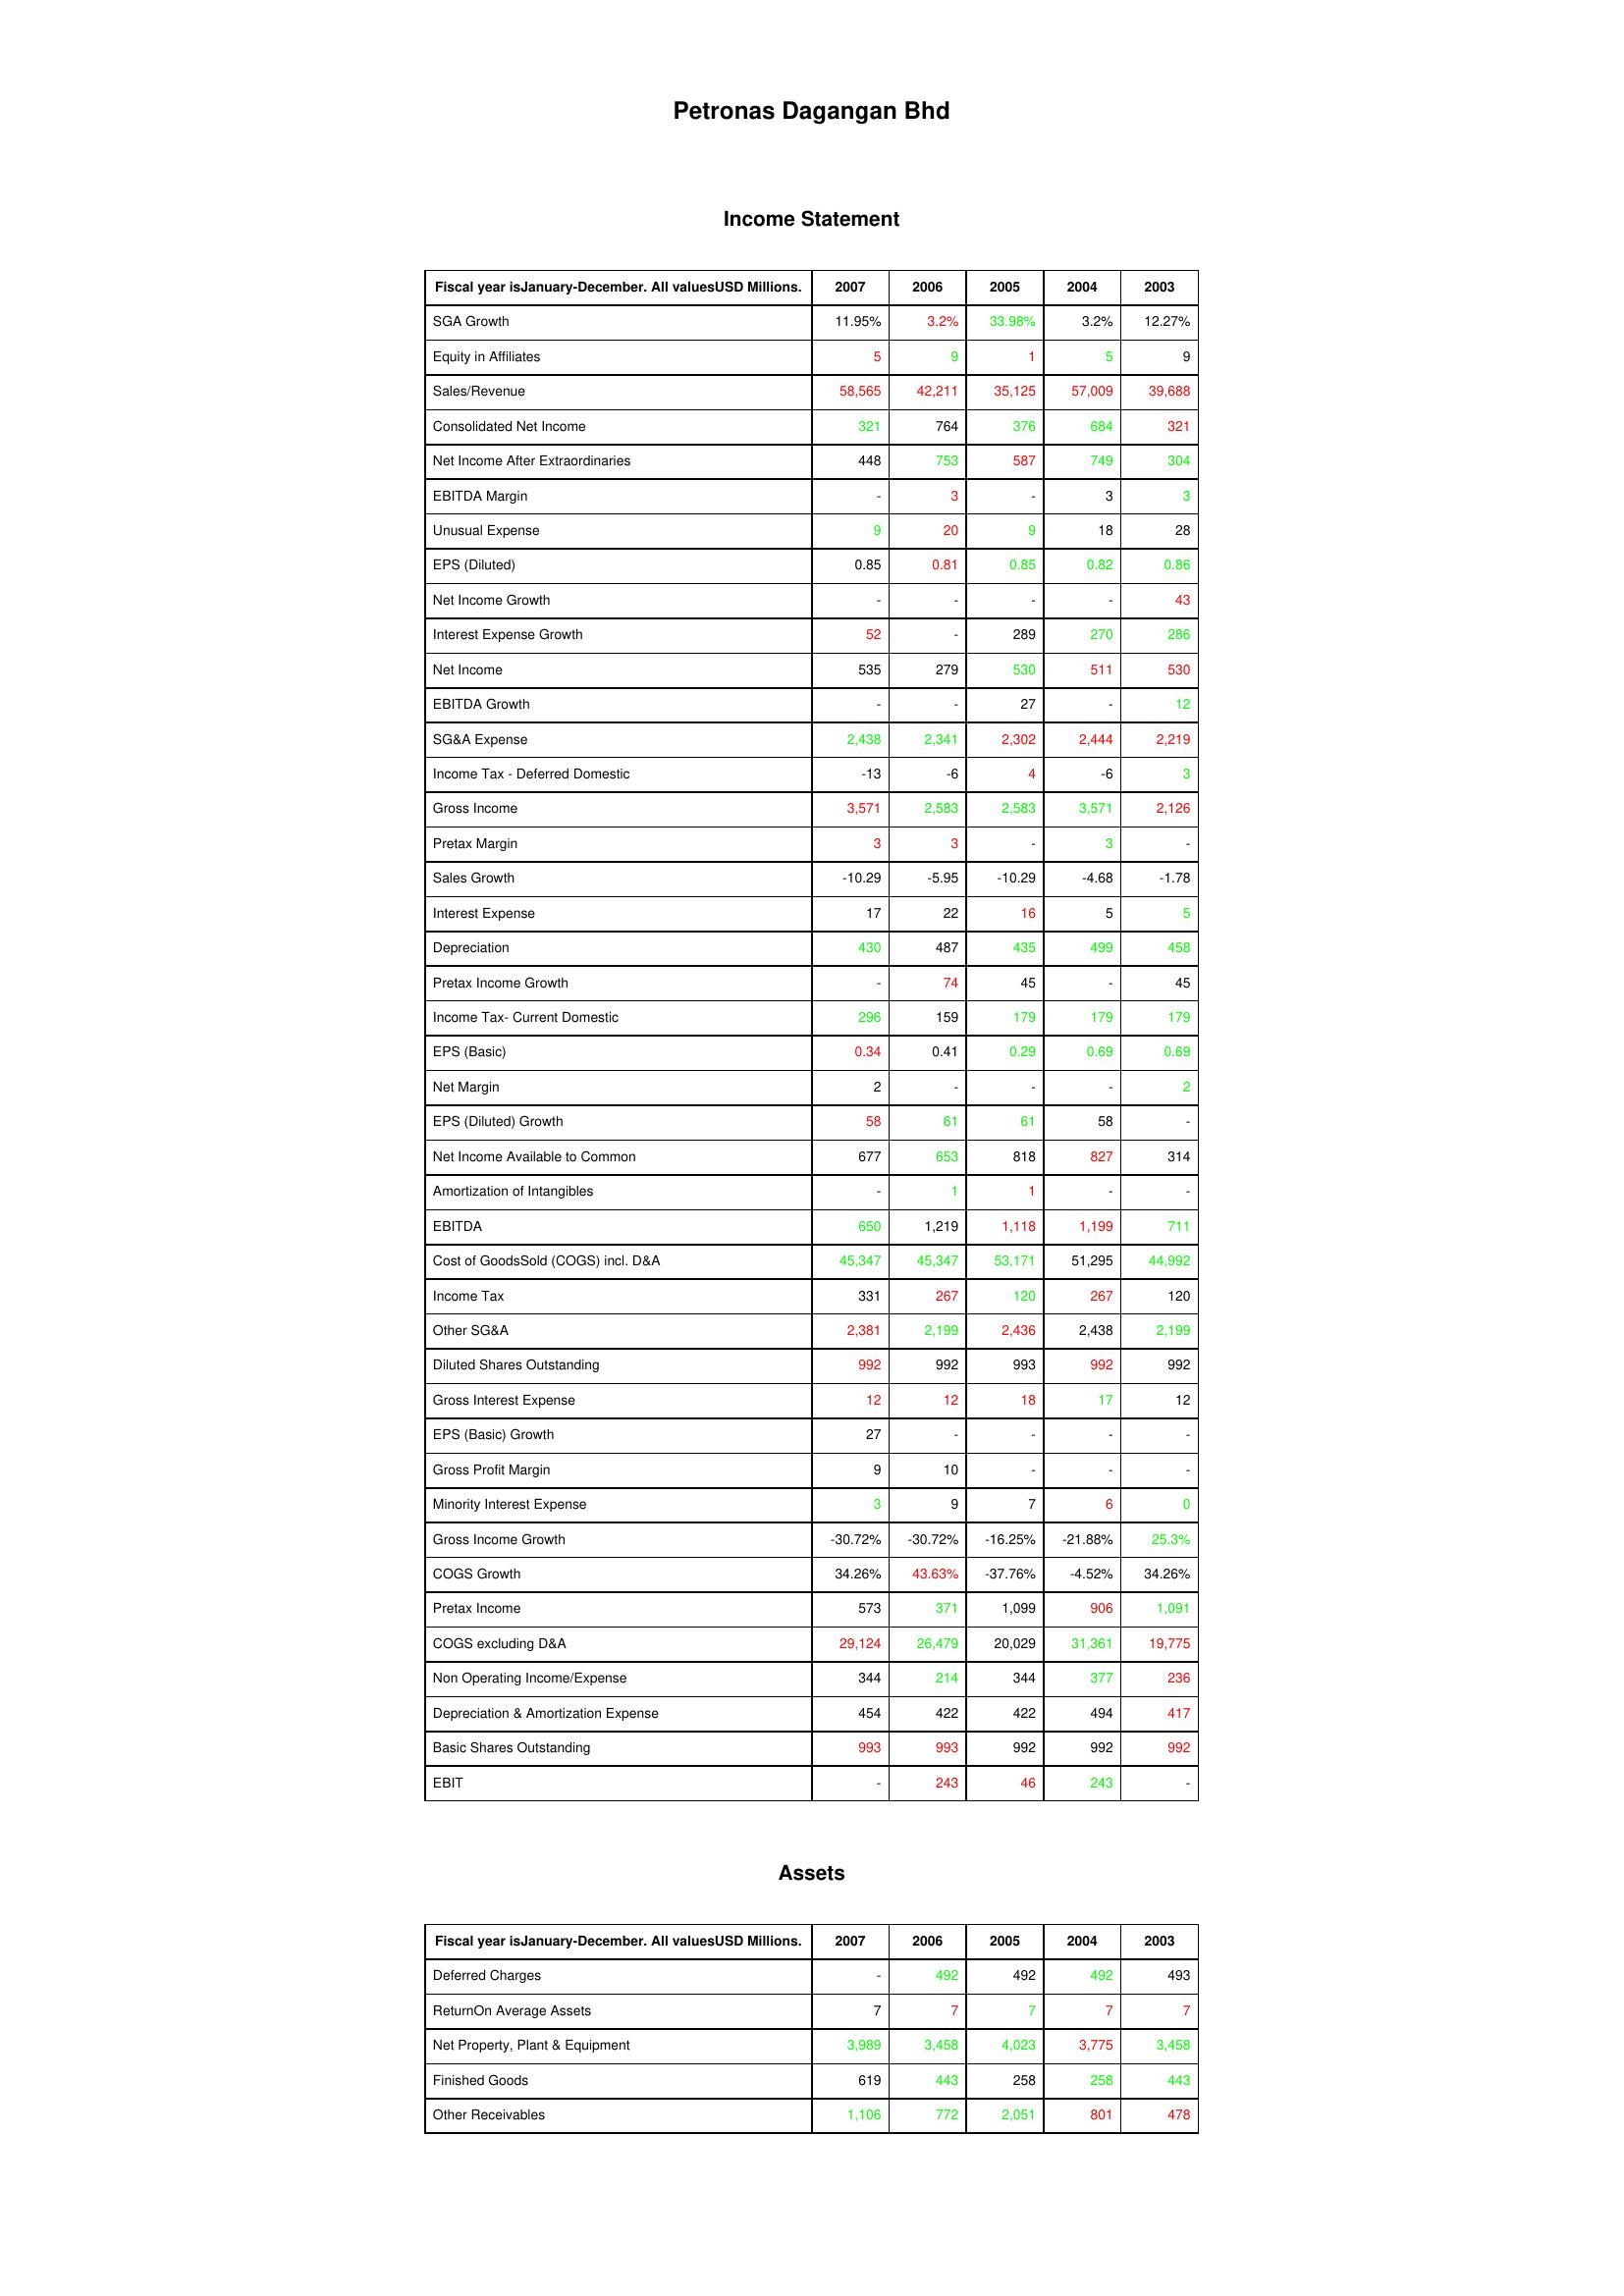
gt_parse: 2007: Income Statement: SGA Growth: 11.95%
Equity in Affiliates: 5
Sales/Revenue: 58,565
Consolidated Net Income: 321
Net Income After Extraordinaries: 448
EBITDA Margin: -
Unusual Expense: 9
EPS (Diluted): 0.85
Net Income Growth: -
Interest Expense Growth: 52
Net Income: 535
EBITDA Growth: -
SG&A Expense: 2,438
Income Tax - Deferred Domestic: -13
Gross Income: 3,571
Pretax Margin: 3
Sales Growth: -10.29
Interest Expense: 17
Depreciation: 430
Pretax Income Growth: -
Income Tax- Current Domestic: 296
EPS (Basic): 0.34
Net Margin: 2
EPS (Diluted) Growth: 58
Net Income Available to Common: 677
Amortization of Intangibles: -
EBITDA: 650
Cost of GoodsSold (COGS) incl. D&A: 45,347
Income Tax: 331
Other SG&A: 2,381
Diluted Shares Outstanding: 992
Gross Interest Expense: 12
EPS (Basic) Growth: 27
Gross Profit Margin: 9
Minority Interest Expense: 3
Gross Income Growth: -30.72%
COGS Growth: 34.26%
Pretax Income: 573
COGS excluding D&A: 29,124
Non Operating Income/Expense: 344
Depreciation & Amortization Expense: 454
Basic Shares Outstanding: 993
EBIT: -
Assets: Deferred Charges: -
ReturnOn Average Assets: 7
Net Property, Plant & Equipment: 3,989
Finished Goods: 619
Other Receivables: 1,106
2006: Income Statement: SGA Growth: 3.2%
Equity in Affiliates: 9
Sales/Revenue: 42,211
Consolidated Net Income: 764
Net Income After Extraordinaries: 753
EBITDA Margin: 3
Unusual Expense: 20
EPS (Diluted): 0.81
Net Income Growth: -
Interest Expense Growth: -
Net Income: 279
EBITDA Growth: -
SG&A Expense: 2,341
Income Tax - Deferred Domestic: -6
Gross Income: 2,583
Pretax Margin: 3
Sales Growth: -5.95
Interest Expense: 22
Depreciation: 487
Pretax Income Growth: 74
Income Tax- Current Domestic: 159
EPS (Basic): 0.41
Net Margin: -
EPS (Diluted) Growth: 61
Net Income Available to Common: 653
Amortization of Intangibles: 1
EBITDA: 1,219
Cost of GoodsSold (COGS) incl. D&A: 45,347
Income Tax: 267
Other SG&A: 2,199
Diluted Shares Outstanding: 992
Gross Interest Expense: 12
EPS (Basic) Growth: -
Gross Profit Margin: 10
Minority Interest Expense: 9
Gross Income Growth: -30.72%
COGS Growth: 43.63%
Pretax Income: 371
COGS excluding D&A: 26,479
Non Operating Income/Expense: 214
Depreciation & Amortization Expense: 422
Basic Shares Outstanding: 993
EBIT: 243
Assets: Deferred Charges: 492
ReturnOn Average Assets: 7
Net Property, Plant & Equipment: 3,458
Finished Goods: 443
Other Receivables: 772
2005: Income Statement: SGA Growth: 33.98%
Equity in Affiliates: 1
Sales/Revenue: 35,125
Consolidated Net Income: 376
Net Income After Extraordinaries: 587
EBITDA Margin: -
Unusual Expense: 9
EPS (Diluted): 0.85
Net Income Growth: -
Interest Expense Growth: 289
Net Income: 530
EBITDA Growth: 27
SG&A Expense: 2,302
Income Tax - Deferred Domestic: 4
Gross Income: 2,583
Pretax Margin: -
Sales Growth: -10.29
Interest Expense: 16
Depreciation: 435
Pretax Income Growth: 45
Income Tax- Current Domestic: 179
EPS (Basic): 0.29
Net Margin: -
EPS (Diluted) Growth: 61
Net Income Available to Common: 818
Amortization of Intangibles: 1
EBITDA: 1,118
Cost of GoodsSold (COGS) incl. D&A: 53,171
Income Tax: 120
Other SG&A: 2,436
Diluted Shares Outstanding: 993
Gross Interest Expense: 18
EPS (Basic) Growth: -
Gross Profit Margin: -
Minority Interest Expense: 7
Gross Income Growth: -16.25%
COGS Growth: -37.76%
Pretax Income: 1,099
COGS excluding D&A: 20,029
Non Operating Income/Expense: 344
Depreciation & Amortization Expense: 422
Basic Shares Outstanding: 992
EBIT: 46
Assets: Deferred Charges: 492
ReturnOn Average Assets: 7
Net Property, Plant & Equipment: 4,023
Finished Goods: 258
Other Receivables: 2,051
2004: Income Statement: SGA Growth: 3.2%
Equity in Affiliates: 5
Sales/Revenue: 57,009
Consolidated Net Income: 684
Net Income After Extraordinaries: 749
EBITDA Margin: 3
Unusual Expense: 18
EPS (Diluted): 0.82
Net Income Growth: -
Interest Expense Growth: 270
Net Income: 511
EBITDA Growth: -
SG&A Expense: 2,444
Income Tax - Deferred Domestic: -6
Gross Income: 3,571
Pretax Margin: 3
Sales Growth: -4.68
Interest Expense: 5
Depreciation: 499
Pretax Income Growth: -
Income Tax- Current Domestic: 179
EPS (Basic): 0.69
Net Margin: -
EPS (Diluted) Growth: 58
Net Income Available to Common: 827
Amortization of Intangibles: -
EBITDA: 1,199
Cost of GoodsSold (COGS) incl. D&A: 51,295
Income Tax: 267
Other SG&A: 2,438
Diluted Shares Outstanding: 992
Gross Interest Expense: 17
EPS (Basic) Growth: -
Gross Profit Margin: -
Minority Interest Expense: 6
Gross Income Growth: -21.88%
COGS Growth: -4.52%
Pretax Income: 906
COGS excluding D&A: 31,361
Non Operating Income/Expense: 377
Depreciation & Amortization Expense: 494
Basic Shares Outstanding: 992
EBIT: 243
Assets: Deferred Charges: 492
ReturnOn Average Assets: 7
Net Property, Plant & Equipment: 3,775
Finished Goods: 258
Other Receivables: 801
2003: Income Statement: SGA Growth: 12.27%
Equity in Affiliates: 9
Sales/Revenue: 39,688
Consolidated Net Income: 321
Net Income After Extraordinaries: 304
EBITDA Margin: 3
Unusual Expense: 28
EPS (Diluted): 0.86
Net Income Growth: 43
Interest Expense Growth: 286
Net Income: 530
EBITDA Growth: 12
SG&A Expense: 2,219
Income Tax - Deferred Domestic: 3
Gross Income: 2,126
Pretax Margin: -
Sales Growth: -1.78
Interest Expense: 5
Depreciation: 458
Pretax Income Growth: 45
Income Tax- Current Domestic: 179
EPS (Basic): 0.69
Net Margin: 2
EPS (Diluted) Growth: -
Net Income Available to Common: 314
Amortization of Intangibles: -
EBITDA: 711
Cost of GoodsSold (COGS) incl. D&A: 44,992
Income Tax: 120
Other SG&A: 2,199
Diluted Shares Outstanding: 992
Gross Interest Expense: 12
EPS (Basic) Growth: -
Gross Profit Margin: -
Minority Interest Expense: 0
Gross Income Growth: 25.3%
COGS Growth: 34.26%
Pretax Income: 1,091
COGS excluding D&A: 19,775
Non Operating Income/Expense: 236
Depreciation & Amortization Expense: 417
Basic Shares Outstanding: 992
EBIT: -
Assets: Deferred Charges: 493
ReturnOn Average Assets: 7
Net Property, Plant & Equipment: 3,458
Finished Goods: 443
Other Receivables: 478